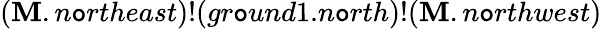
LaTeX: (\mathbf{M}.n\mathtt{o}rtheast)!(gr\mathtt{o}und1.n\mathtt{o}rth)!(\mathbf{M}.n\mathtt{o}rthwest)